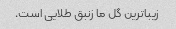
زیباترین گل ما زنبق طلایی است.